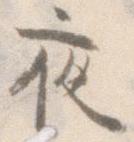
夜